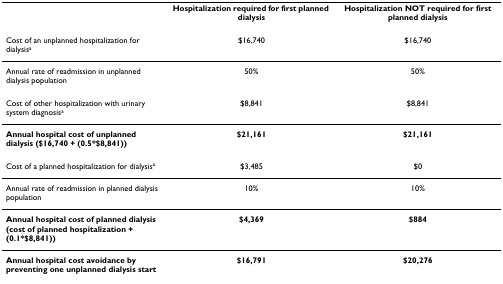
|  | Hospitalization required for first planned dialysis | Hospitalization NOT required for first planned dialysis |
 | --- | --- | --- |
 | Cost of an unplanned hospitalization for dialysisa | $16,740 | $16,740 |
 | Annual rate of readmission in unplanned dialysis population | 50% | 50% |
 | Cost of other hospitalization with urinary system diagnosisa | $8,841 | $8,841 |
 | Annual hospital cost of unplanned dialysis ($16,740 + (0.5*$8,841)) | $21,161 | $21,161 |
 | Cost of a planned hospitalization for dialysisa | $3,485 | $0 |
 | Annual rate of readmission in planned dialysis population | 10% | 10% |
 | Annual hospital cost of planned dialysis (cost of planned hospitalization + (0.1*$8,841)) | $4,369 | $884 |
 | Annual hospital cost avoidance by preventing one unplanned dialysis start | $16,791 | $20,276 |